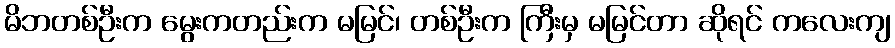
မိဘတစ်ဦးက မွေးကတည်းက မမြင်၊ တစ်ဦးက ကြီးမှ မမြင်တာ ဆိုရင် ကလေးကျ